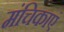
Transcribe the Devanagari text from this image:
मंचिकाएं